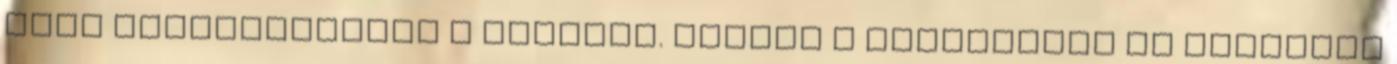
majd levánszorgott a lépcsőn. Kiment a kastélyból és átsétált